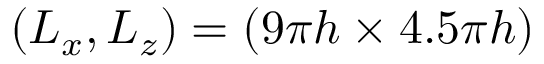
( L _ { x } , L _ { z } ) = ( 9 \pi h \times 4 . 5 \pi h )